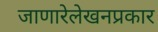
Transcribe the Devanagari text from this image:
जाणारेलेखनप्रकार